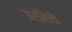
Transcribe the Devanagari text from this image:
उर्सिडे